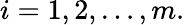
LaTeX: i=1,2,\dots,m.